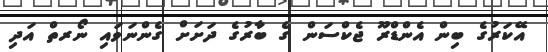
އޭކަރުގެ ބިން އެންޑްރޫ ޖެކްސަން ގެ ބާރުގެ ދަށަށް ގެންނަވައި ނޯރތް އަދި